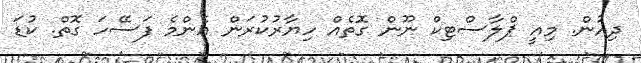
ދިއުން. މިއީ ޕްލާސްޓިކް ނޫން ގޮތެއް ހިޔާރުކުރަން އެންމެ ފަސޭހަ ގޮތް. ކުޑަ